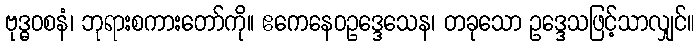
ဗုဒ္ဓဝစနံ၊ ဘုရားစကားတော်ကို။ ဧကေနေဝဥဒ္ဒေသေန၊ တခုသော ဥဒ္ဒေသဖြင့်သာလျှင်။